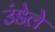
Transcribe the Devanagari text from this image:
उंडेले